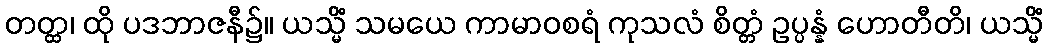
တတ္ထ၊ ထို ပဒဘာဇနီ၌။ ယသ္မိံ သမယေ ကာမာဝစရံ ကုသလံ စိတ္တံ ဥပ္ပန္နံ ဟောတီတိ၊ ယသ္မိံ